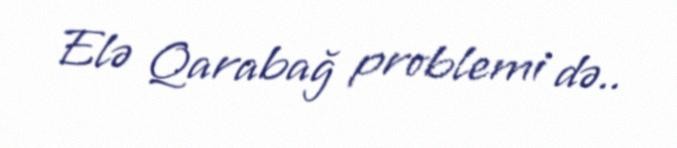
Elə Qarabağ problemi də..